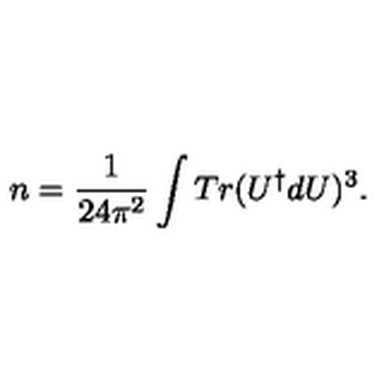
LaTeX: n = \frac { 1 } { 2 4 \pi ^ { 2 } } \int T r ( U ^ { \dagger } d U ) ^ { 3 } .